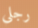
رجلى